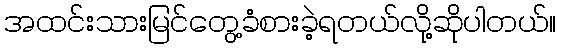
အထင်းသားမြင်တွေ့ခံစားခဲ့ရတယ်လို့ဆိုပါတယ်။